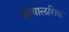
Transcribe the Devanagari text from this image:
कोवालसिक